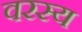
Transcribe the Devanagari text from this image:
वरस्य